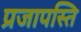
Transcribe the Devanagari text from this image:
प्रजापस्ति